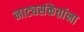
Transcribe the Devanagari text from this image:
नाट्यसंकेतांना